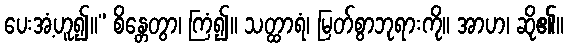
ပေးအံ့ဟူ၍။” စိန္တေတွာ၊ ကြံ၍။ သတ္ထာရံ၊ မြတ်စွာဘုရားကို။ အာဟ၊ ဆို၏။